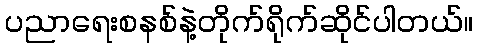
ပညာရေးစနစ်နဲ့တိုက်ရိုက်ဆိုင်ပါတယ်။